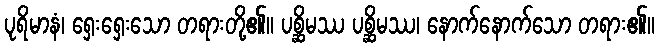
ပုရိမာနံ၊ ရှေးရှေးသော တရားတို့၏။ ပစ္ဆိမဿ ပစ္ဆိမဿ၊ နောက်နောက်သော တရား၏။